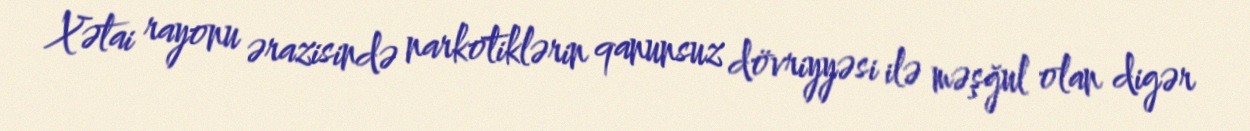
Xətai rayonu ərazisində narkotiklərin qanunsuz dövriyyəsi ilə məşğul olan digər